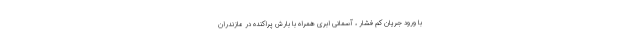
با ورود جریان کم فشار ، آسمانی ابری همراه با بارش پراکنده در مازندران